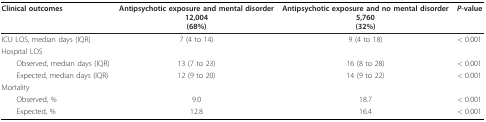
| Clinical outcomes | Antipsychotic exposure and mental disorder12,004(68%) | Antipsychotic exposure and no mental disorder5,760(32%) | P-value |
 | --- | --- | --- | --- |
 | ICU LOS, median days (IQR) | 7 (4 to 14) | 9 (4 to 18) | < 0.001 |
 | Hospital LOS |  |  |  |
 | Observed, median days (IQR) | 13 (7 to 23) | 16 (8 to 28) | < 0.001 |
 | Expected, median days (IQR) | 12 (9 to 20) | 14 (9 to 22) | < 0.001 |
 | Mortality |  |  |  |
 | Observed, % | 9.0 | 18.7 | < 0.001 |
 | Expected, % | 12.8 | 16.4 | < 0.001 |